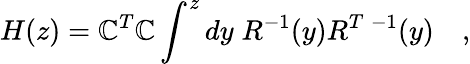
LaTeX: H(z)=\mathbb{C}^{T}\mathbb{C}\int^{z}dy\; R^{-1}(y)R^{T\; -1}(y)\quad,